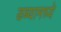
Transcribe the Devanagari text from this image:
डब्यामध्ये